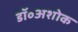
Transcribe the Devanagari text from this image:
डॉ॰अशोक